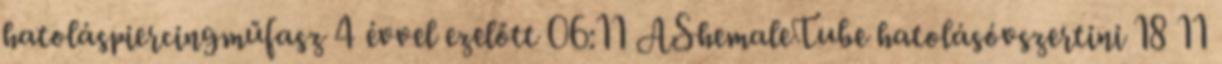
hatoláspiercingműfasz 4 évvel ezelőtt 06:11 AShemaleTube hatolásóvszertini 18 11